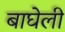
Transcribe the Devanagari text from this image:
बाघेली